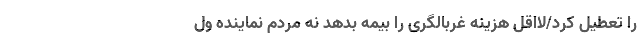
را تعطیل کرد/لااقل هزینه غربالگری را بیمه بدهد نه مردم نماینده ول